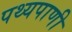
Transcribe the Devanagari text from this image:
पथ्यपाणी